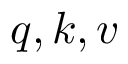
\ensuremath { \boldsymbol { q } } , \ensuremath { \boldsymbol { k } } , \ensuremath { \boldsymbol { v } }